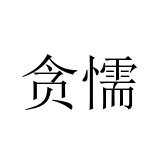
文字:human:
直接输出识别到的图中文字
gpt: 贪懦